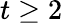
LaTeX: t\geq 2